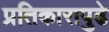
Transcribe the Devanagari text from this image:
प्रतिकारापुढे